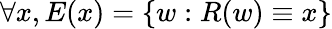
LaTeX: \forall x,E(x)=\{ w:R(w)\equiv x\}